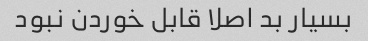
بسیار بد اصلا قابل خوردن نبود